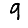
Digit: 9